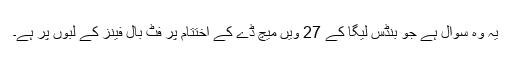
یہ وہ سوال ہے جو بنڈس لیگا کے 27 ویں میچ ڈے کے اختتام پر فٹ بال فینز کے لبوں پر ہے۔